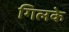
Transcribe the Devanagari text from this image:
गिलके